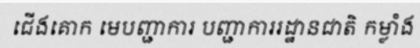
ជើងគោក មេបញ្ជាការ បញ្ជាការរដ្ឋានជាតិ កម្លាំង